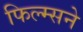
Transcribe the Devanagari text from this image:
फिल्म्सने